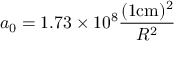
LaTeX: a _ { 0 } = 1 . 7 3 \times 1 0 ^ { 8 } \frac { ( 1 \mathrm { c m } ) ^ { 2 } } { R ^ { 2 } } \,